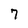
Character: 7